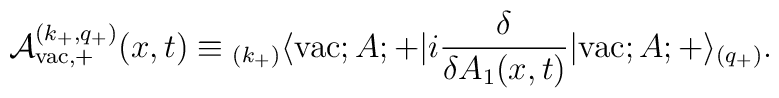
{\cal A}_{{\rm vac},+}^{(k_{+},q_{+})}(x,t) \equiv{ _{(k_{+})}\langle} {\rm vac};A;+|i \frac{\delta}{\delta A_1(x,t)}|{\rm vac};A;+ \rangle_{(q_{+})}.